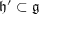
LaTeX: { \mathfrak { h ^ { \prime } } } \subset { \mathfrak { g } }